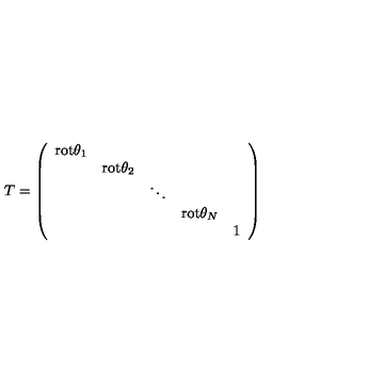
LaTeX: T = \left( \begin{array} { c c c c c } { \mathrm { r o t } \theta _ { 1 } } & { } & { } & { } & { } \\ { } & { \mathrm { r o t } \theta _ { 2 } } & { } & { } & { } \\ { } & { } & { \ddots } & { } & { } \\ { } & { } & { } & { \mathrm { r o t } \theta _ { N } } & { } \\ { } & { } & { } & { } & { { \large 1 } } \\ \end{array} \right)